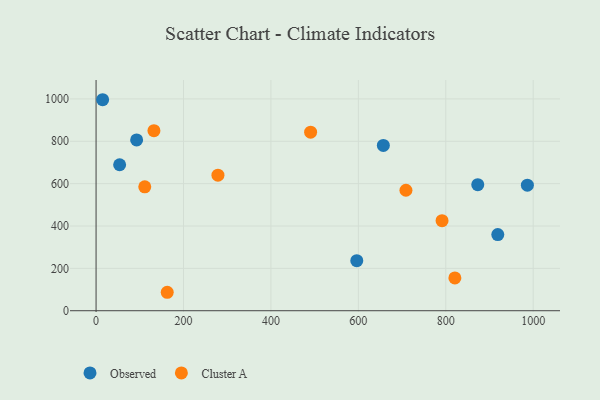
{"axis": {"x": "Investment", "y": "Sales"}, "legend": ["Cluster A", "Observed"], "data": [{"x": "92.8", "y": 806.2, "type": "Observed"}, {"x": "15.0", "y": 996.2, "type": "Observed"}, {"x": "986.7", "y": 592.6, "type": "Observed"}, {"x": "53.9", "y": 689.2, "type": "Observed"}, {"x": "657.2", "y": 780.2, "type": "Observed"}, {"x": "919.0", "y": 359.7, "type": "Observed"}, {"x": "596.4", "y": 236.2, "type": "Observed"}, {"x": "873.2", "y": 595.1, "type": "Observed"}, {"x": "132.4", "y": 850.1, "type": "Cluster A"}, {"x": "791.5", "y": 425.2, "type": "Cluster A"}, {"x": "278.8", "y": 639.9, "type": "Cluster A"}, {"x": "490.8", "y": 843.1, "type": "Cluster A"}, {"x": "820.8", "y": 154.9, "type": "Cluster A"}, {"x": "111.4", "y": 584.9, "type": "Cluster A"}, {"x": "162.8", "y": 87.1, "type": "Cluster A"}, {"x": "708.9", "y": 568.7, "type": "Cluster A"}]}